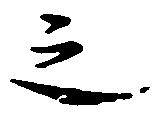
之